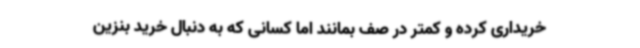
خریداری کرده و کمتر در صف بمانند اما کسانی که به دنبال خرید بنزین